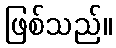
ဖြစ်သည်။